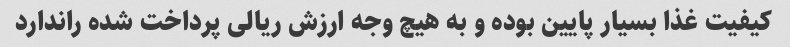
کیفیت غذا بسیار پایین بوده و به هیچ وجه ارزش ریالی پرداخت شده راندارد